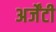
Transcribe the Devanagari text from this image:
अर्जेंटी